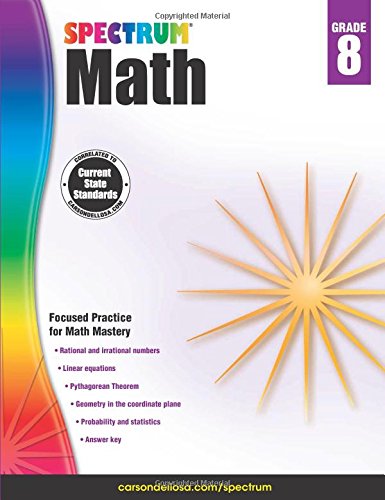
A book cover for Spectrum Math Workbook, Grade 8; Teen & Young Adult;